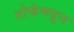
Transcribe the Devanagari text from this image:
तोफेमधून